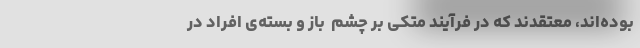
بوده‌اند، معتقدند که در فرآیند متکی بر چشم ِ باز و بسته‌ی افراد در